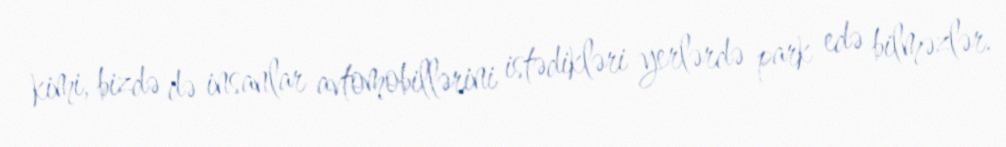
kimi, bizdə də insanlar avtomobillərini istədikləri yerlərdə park edə bilməzlər.